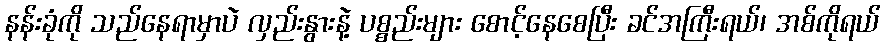
နန်းခုံကို သည်နေရာမှာပဲ လှည်းနွားနဲ့ ပစ္စည်းများ စောင့်နေစေပြီး ခင်အကြီးရယ်၊ အစ်ကိုရယ်